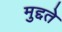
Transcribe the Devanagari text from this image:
मुद्दते